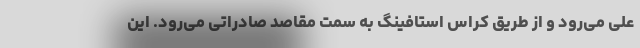
علی می‌رود و از طریق کراس استافینگ به سمت مقاصد صادراتی می‌رود. این